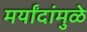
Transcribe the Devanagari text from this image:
मर्यांदांमुळे